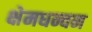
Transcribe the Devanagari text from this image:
क्षेमधन्वन